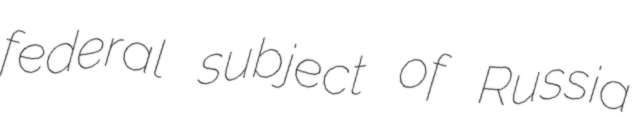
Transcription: federal subject of Russia